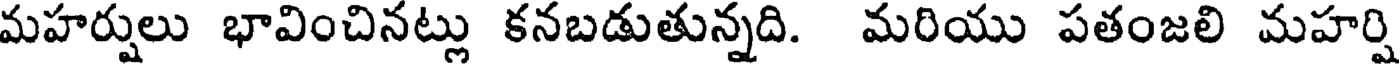
మహర్షులు భావించినట్లు కనబడుతున్నది. మరియు పతంజలి మహర్షి